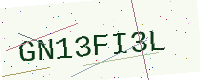
Text: GN13FI3L